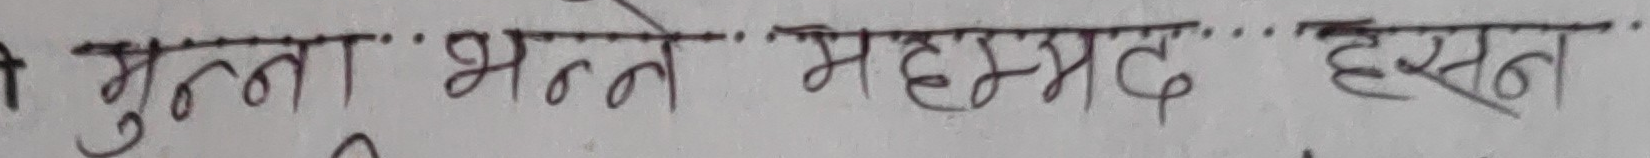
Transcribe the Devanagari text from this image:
मुन्ना भन्ते महम्मद हसन